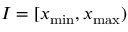
I = [ x _ { \mathrm { m i n } } , x _ { \mathrm { m a x } } )